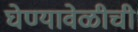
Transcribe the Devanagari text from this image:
घेण्यावेळीची